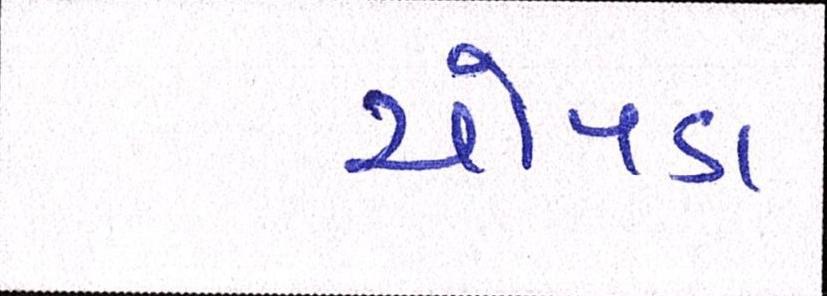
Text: ચોપડા